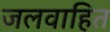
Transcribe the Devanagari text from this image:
जलवाहित